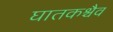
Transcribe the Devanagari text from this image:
घातकश्चैव